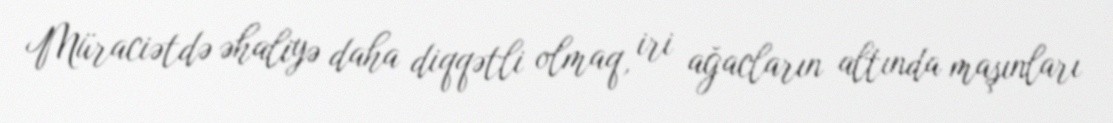
Müraciətdə əhaliyə daha diqqətli olmaq, iri ağacların altında maşınları